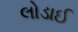
લોડાઈ